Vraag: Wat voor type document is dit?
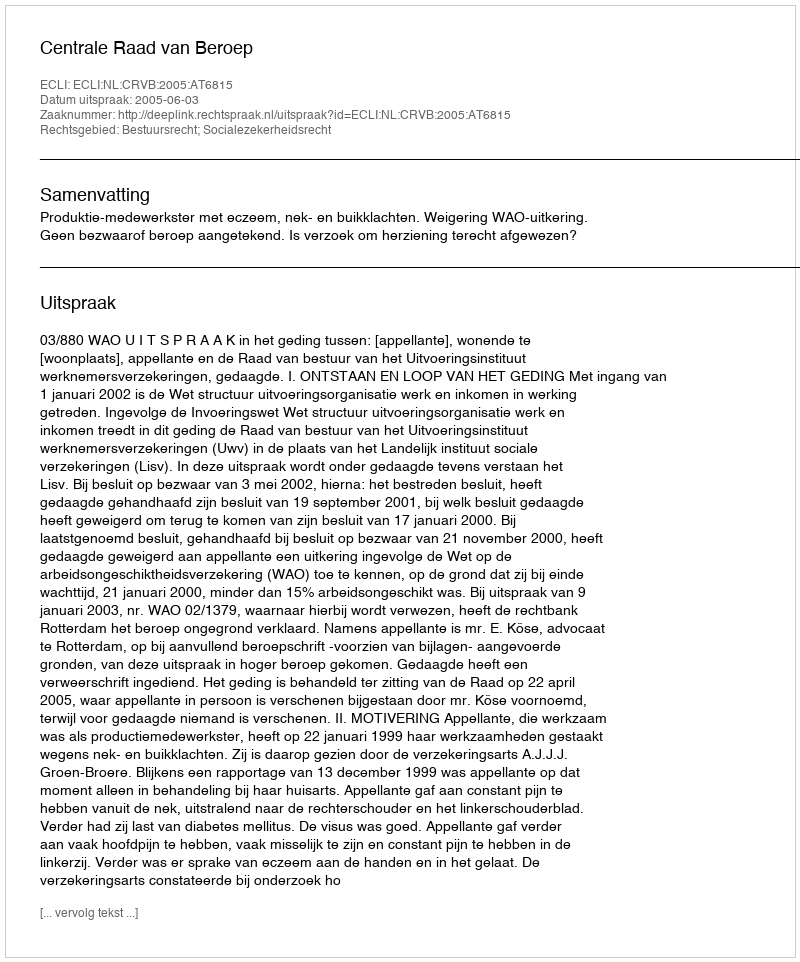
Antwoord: Uitspraak